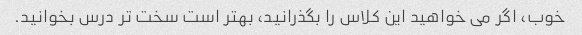
خوب، اگر می خواهید این کلاس را بگذرانید، بهتر است سخت تر درس بخوانید.